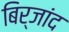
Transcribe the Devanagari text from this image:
बिर्जांद